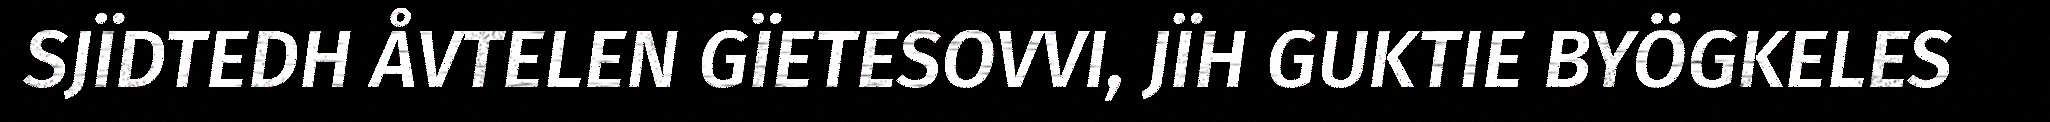
SJÏDTEDH ÅVTELEN GÏETESOVVI, JÏH GUKTIE BYÖGKELES